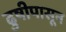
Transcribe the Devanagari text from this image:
ढुषीपासून